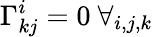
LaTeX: \Gamma_{kj}^{i}=0~\forall_{i,j,k}